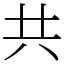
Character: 共